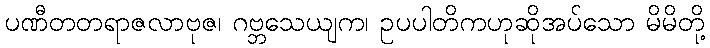
ပဏီတတရာဇလာဗုဇ၊ ဂဗ္ဘသေယျက၊ ဥပပါတိကဟုဆိုအပ်သော မိမိတို့